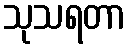
သုသရတာ